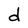
Character: d